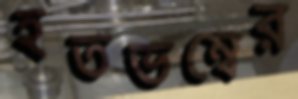
হতভম্বের